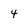
Character: 4